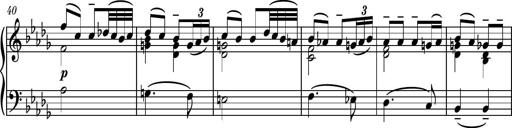
Title: Piano Sonatina II
Composer: Dimitri Sykias
Key: F major